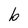
Character: b